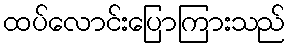
ထပ်လောင်းပြောကြားသည်